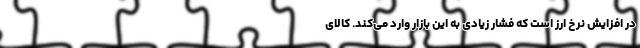
در افزایش نرخ ارز است که فشار زیادی به این بازار وارد می‌کند. کالای